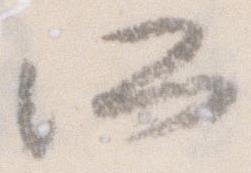
所